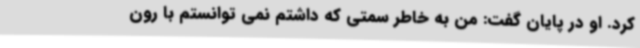
کرد. او در پایان گفت: من به خاطر سمتی که داشتم نمی توانستم با رون